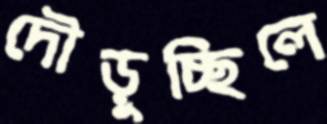
দৌড়ুচ্ছিলে